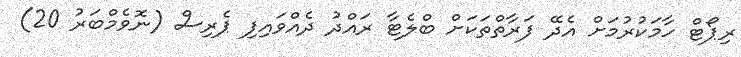
ރިޕޯޓް ހާމަކުރުމަށް އެދޭ ފަރާތްތަކަށް ބްލެޓާ ރައްދު ދެއްވައިފި ޕެރިސް (ނޮވެމްބަރު 20)